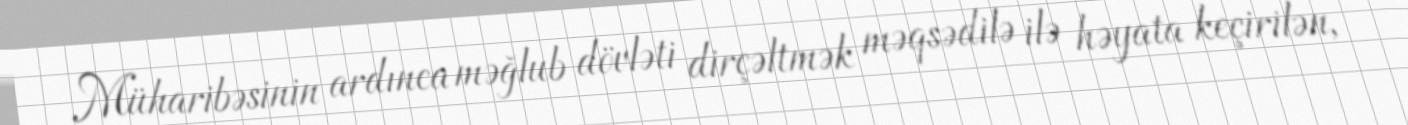
Müharibəsinin ardınca məğlub dövləti dirçəltmək məqsədilə ilə həyata keçirilən,